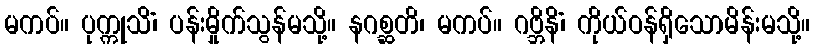
မကပ်။ ပုက္ကုသိံ၊ ပန်းမှိုက်သွန်မသို့။ နဂစ္ဆတိ၊ မကပ်။ ဂဗ္ဘိနိံ၊ ကိုယ်ဝန်ရှိသောမိန်းမသို့။